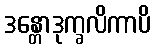
ဒန္တောဒုက္ခလိကာပိ